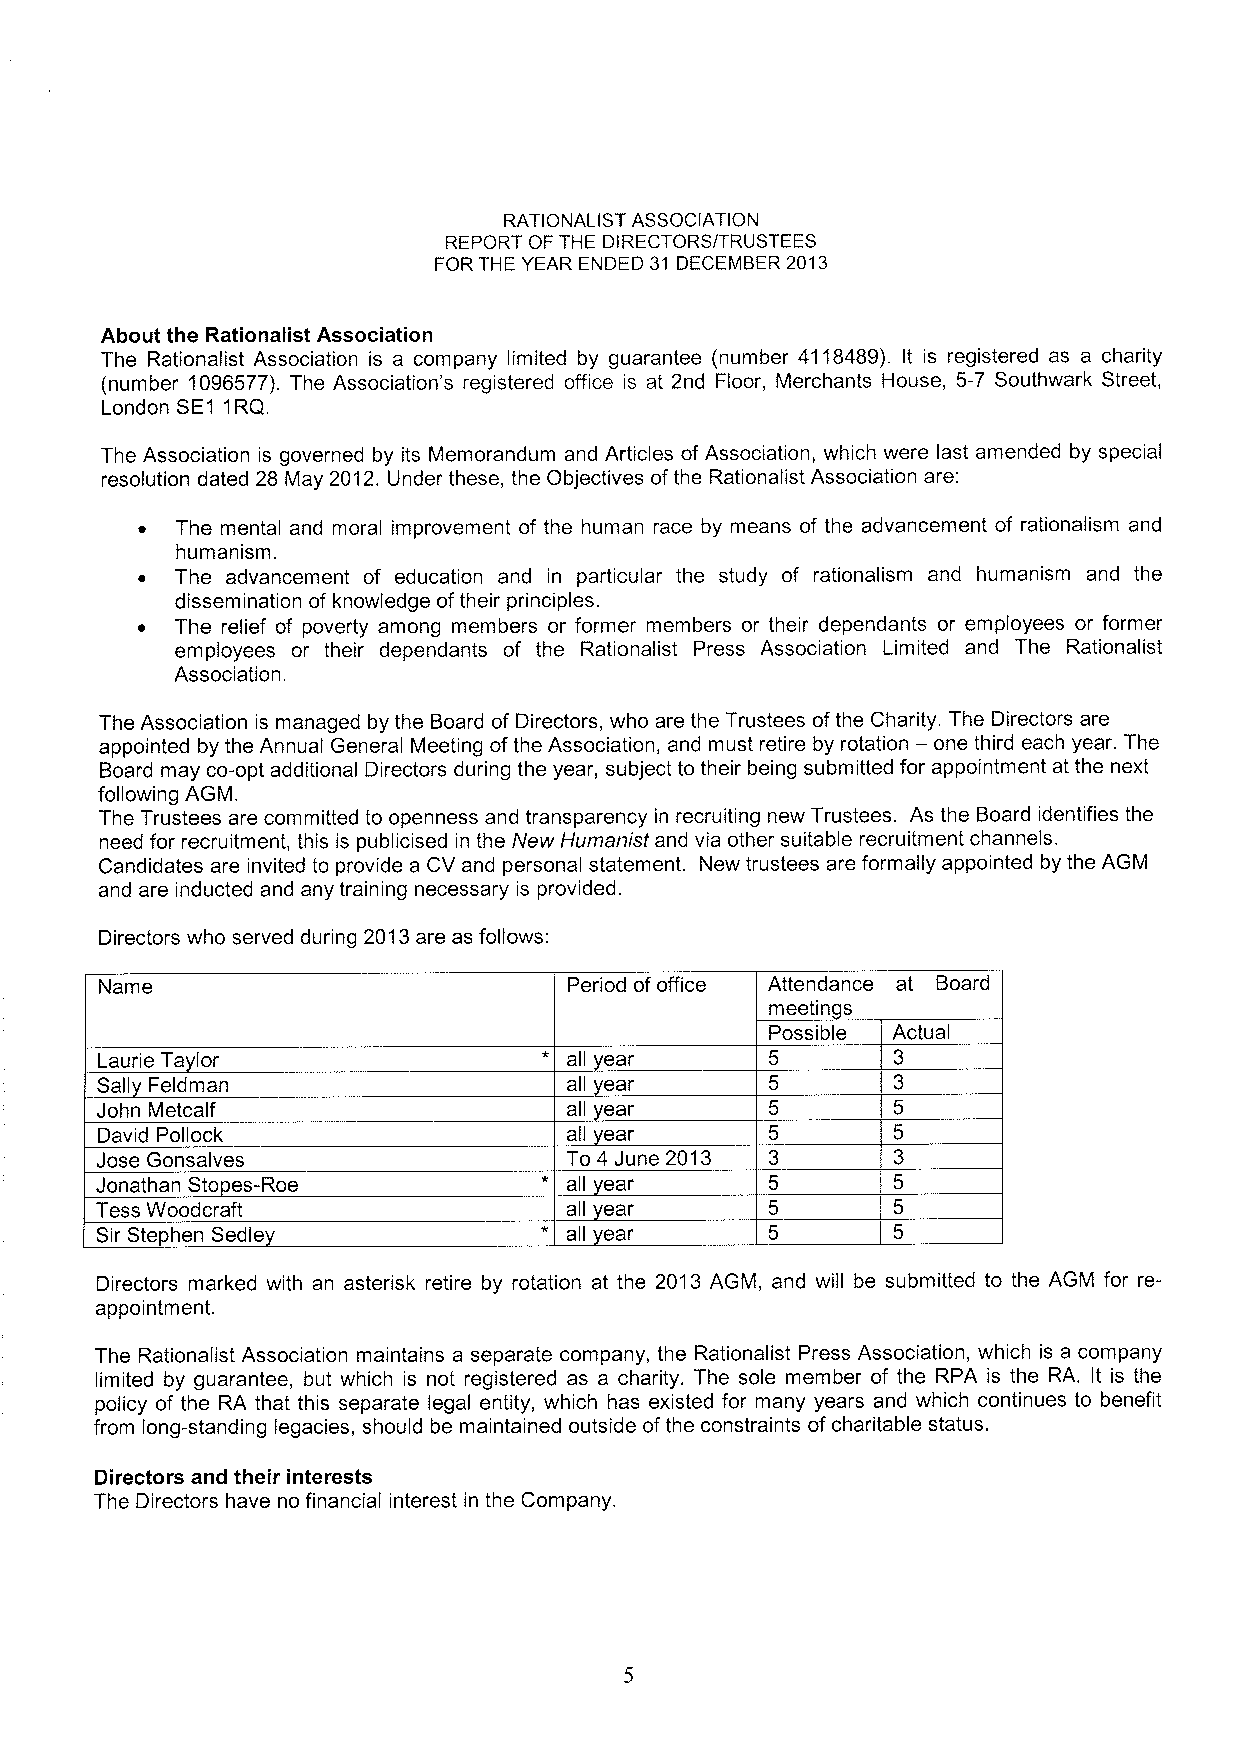
RATIONALIST ASSOCIATION
 REPORT OF THE DIRECTORS/TRUSTEES
 FOR THE YEAR ENDED 31 DECEMBER 2013
 About the Rationalist Association
 The Rationalist Association is a company limited by guarantee (number 4118489). It is registered as a charity
 (number 1096577).The Association's registered office is at 2nd Floor, Merchants House, 5-7 Southwark Street,
 London SE1 1RQ.
 The Association is governed by its Memorandum and Articles of Association, which were last amended by special
 resolution dated 28 May 2012.Under these, the Objectives ofthe Rationalist Association are:
 ~  The mental and moral improvement of the human race by means of the advancement of rationalism and
 humanism.
 ~  The advancement of education and in particular the study of rationalism and humanism and the
 dissemination of knowledge oftheir principles.
 ~  The relief of poverty among members or former members or their dependants or employees or former
 employees or their dependants of the Rationalist Press Association Limited and The Rationalist
 Association.
 The Association is managed by the Board of Directors, who are the Trustees ofthe Charity. The Directors are
 appointed by the Annual General Meeting ofthe Association, and must retire by rotation —one third each year. The
 Board may co-opt additional Directors during the year, subject to their being submitted for appointment at the next
 following AGM.
 The Trustees are committed to openness and transparency in recruiting new Trustees. As the Board identifies the
 need for recruitment, this is publicised in the New Humanist and via other suitable recruitment channels.
 Candidates are invited to provide a CV and personal statement. New trustees are formally appointed by the AGM
 and are inducted and any training necessary is provided.
 Directors who served during 2013are as follows:
 Name                           Period of office Attendance at Board
 meetin s
 Possible Actual
 Laurie Ta lor                   all ear
 Sall Feldman                    all ear
 John Metcalf                    all ear
 David Pollock                   all ear
 Jose Gonsalves                  To 4 June 2013
 Jonathan Sto es-Roe             all ear
 Tess Woodcraft                  all ear
 Sir Stephen Sedle               all ear
 Directors marked with an asterisk retire by rotation at the 2013 AGM, and will be submitted to the AGM for re-
 appointment.
 The Rationalist Association maintains a separate company, the Rationalist Press Association, which is a company
 limited by guarantee, but which is not registered as a charity. The sole member of the RPA is the RA. It is the
 policy of the RA that this separate legal entity, which has existed for many years and which continues to benefit
 from long-standing legacies, should be maintained outside ofthe constraints ofcharitable status.
 Directors and their interests
 The Directors have no financial interest in the Company.